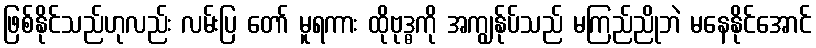
ဖြစ်နိုင်သည်ဟုလည်း လမ်းပြ တော် မူရကား ထိုဗုဒ္ဓကို အကျွန်ုပ်သည် မကြည်ညိုဘဲ မနေနိုင်အောင်